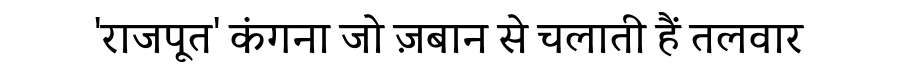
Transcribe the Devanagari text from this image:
'राजपूत' कंगना जो ज़बान से चलाती हैं तलवार